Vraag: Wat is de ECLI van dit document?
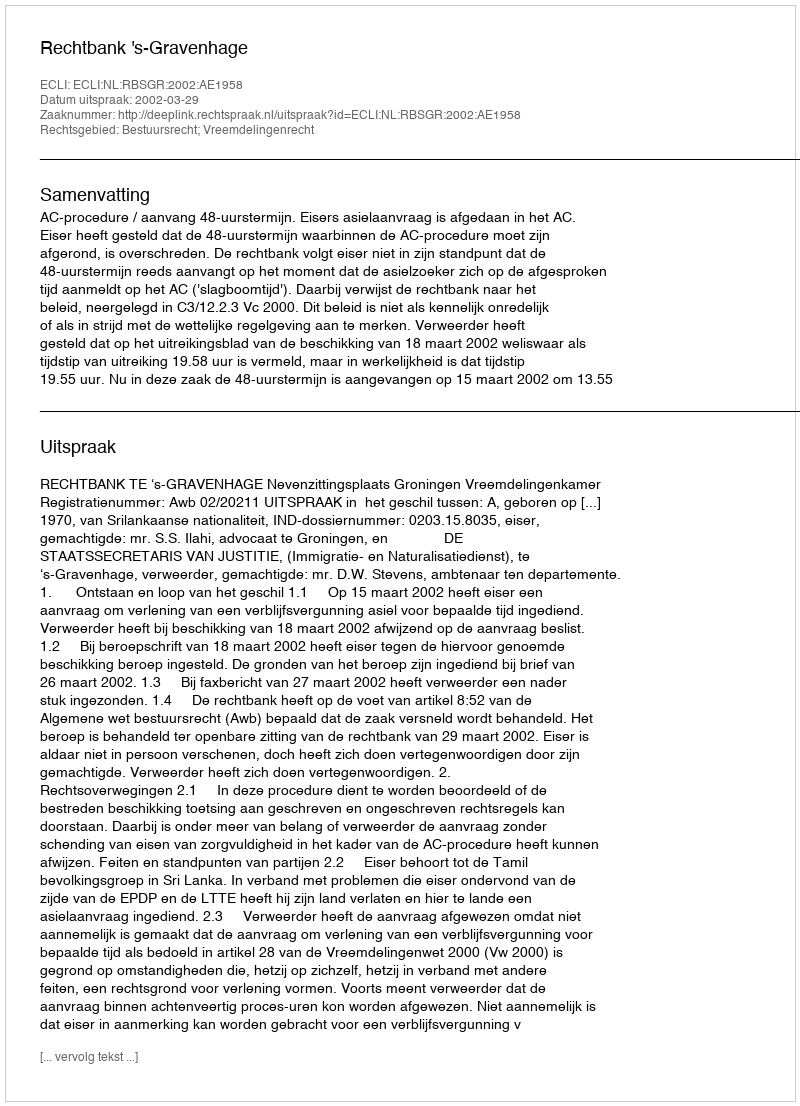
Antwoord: ECLI:NL:RBSGR:2002:AE1958